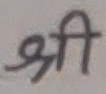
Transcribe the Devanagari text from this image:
श्री